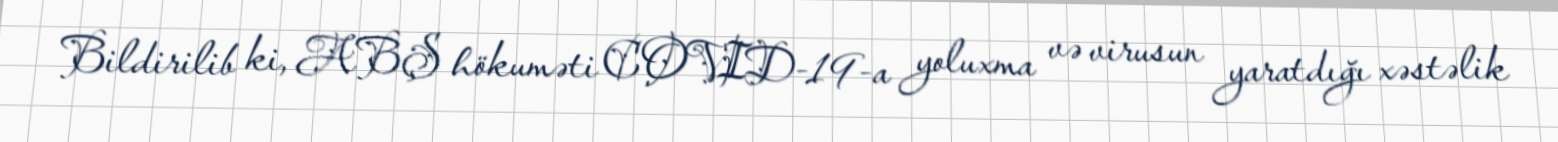
Bildirilib ki, ABŞ hökuməti COVID-19-a yoluxma və virusun yaratdığı xəstəlik